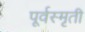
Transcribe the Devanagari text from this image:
पूर्वस्मृती